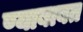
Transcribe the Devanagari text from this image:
ण्याबाबत